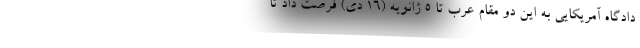
دادگاه آمریکایی به این دو مقام عرب تا ۵ ژانویه (۱۶ دی) فرصت داد تا